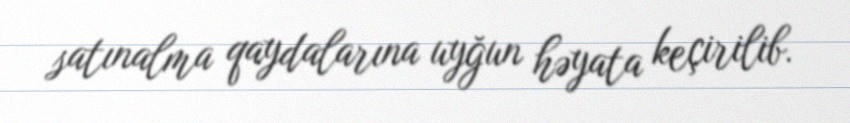
satınalma qaydalarına uyğun həyata keçirilib.